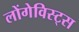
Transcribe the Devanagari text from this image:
लोंगेविस्ट्स